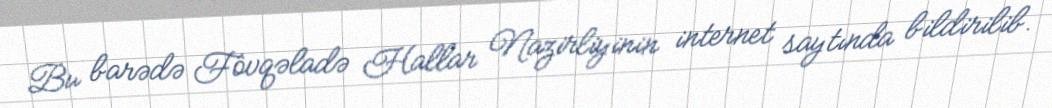
Bu barədə Fövqəladə Hallar Nazirliyinin internet saytında bildirilib.